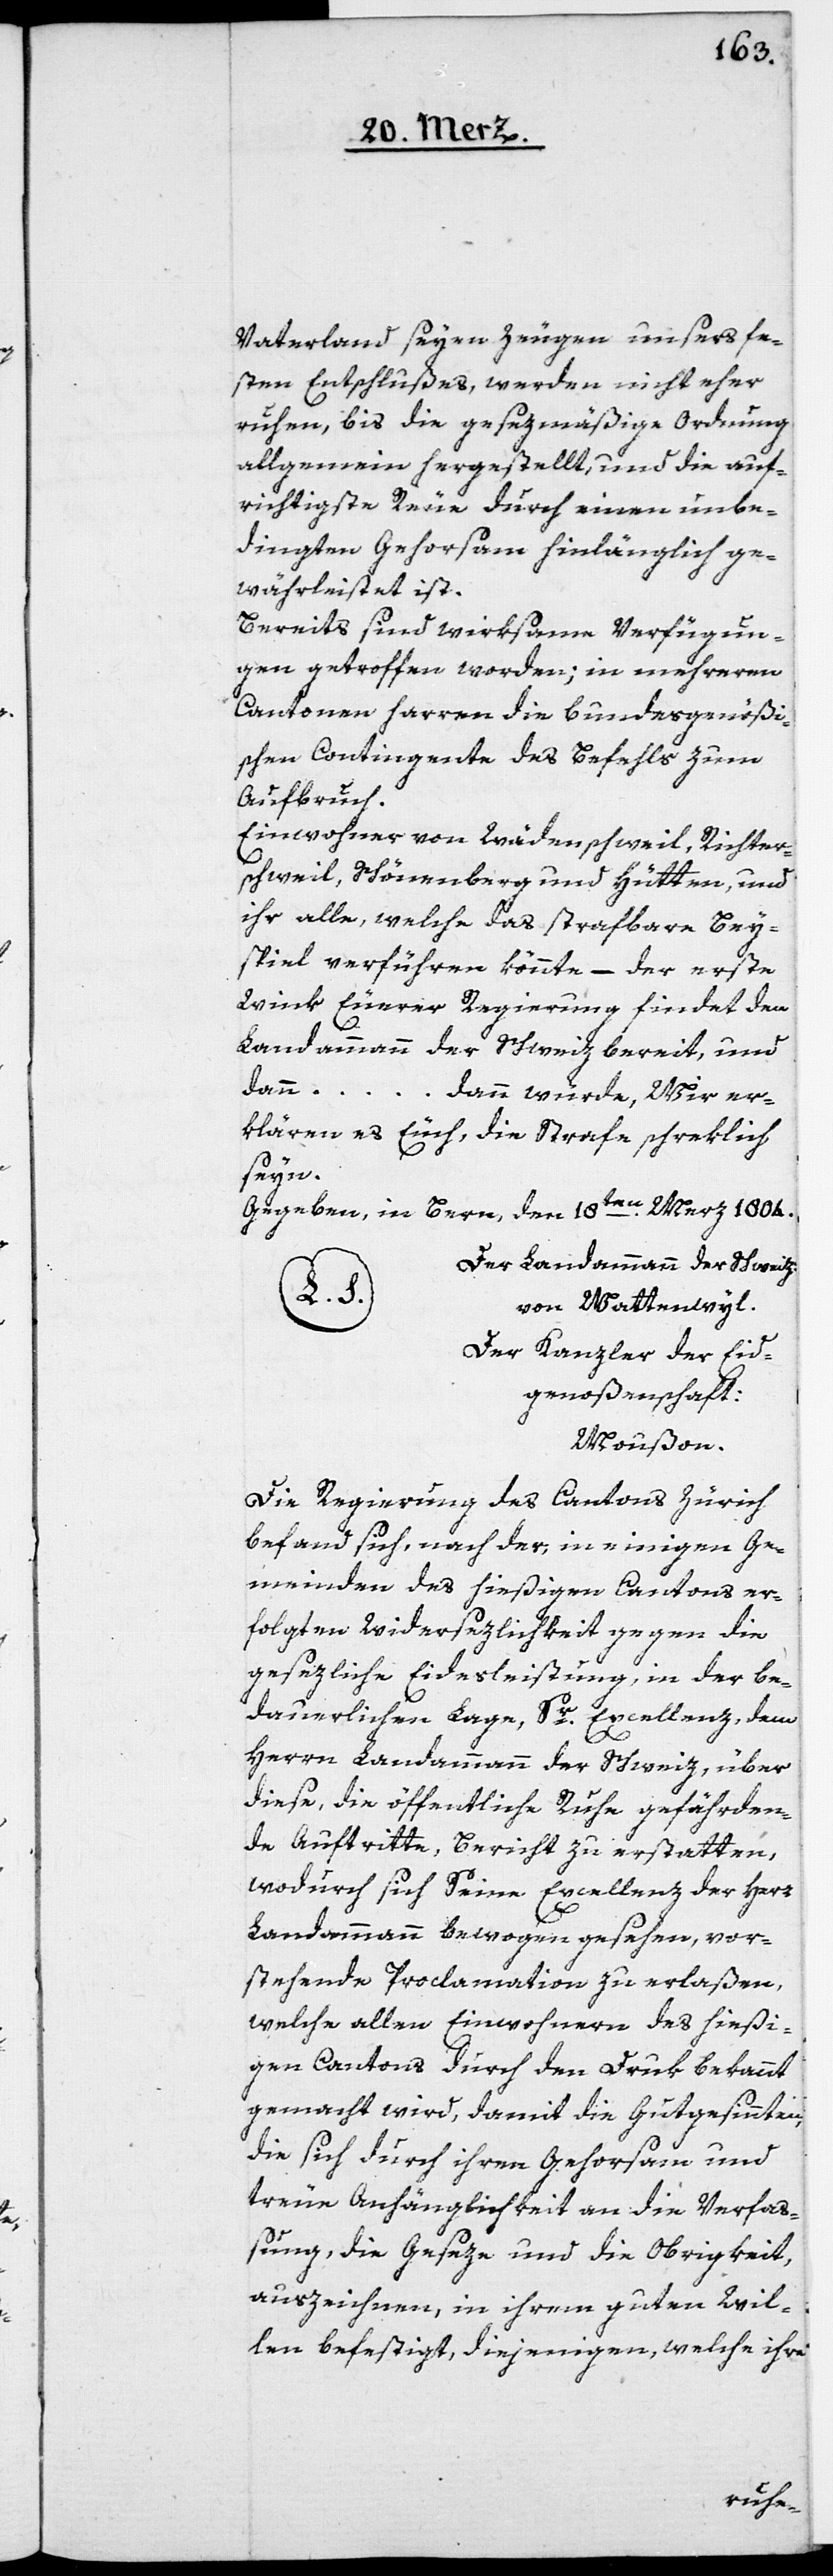
Vaterland seyen Zeugen unsers fe¬
sten Entschlußes, werden nicht eher
ruhen, bis die gesezmäßige Ordnung
allgemein hergestellt, und die auf¬
richtigste Reue durch einen unbe¬
dingten Gehorsam hinlänglich ge¬
währleistet ist.
Bereits sind wirksame Verfügun¬
gen getroffen worden; in mehreren
Cantonen harren die bundesgenößi¬
schen Contingente des Befehls zum
Aufbruch.
Einwohner von Wädenschweil, Richter¬
schweil, Schönenberg und Hütten, und
ihr alle, welche das strafbare Bey¬
spiel verführen könnte, – der erste
Wink Euerer Regierung findet den
Landammann der Schweiz bereit, und
dann ... dann würde, Wir er¬
klären es Euch, die Strafe schreklich
seyn.
Gegeben, in Bern, den 18ten Merz 1804.
Der Landammann der Schweiz:
L.S.
von Wattenwyl.
Der Kanzler der Eid¬
genoßenschaft:
Moußon.
Die Regierung des Cantons Zürich
befand sich, nach der, in einigen Ge¬
meinden des hießigen Cantons er¬
folgten Widersezlichkeit gegen die
gesezliche Eidesleistung, in der be¬
dauerlichen Lage, Sr. Excellenz, dem
Herrn Landammann der Schweiz, über
diese, die öffentliche Ruhe gefährden¬
de Auftritte, Bericht zu erstatten,
wodurch sich Seine Excellenz der Herr
Landammann bewogen gesehen, vor¬
stehende Proclamation zu erlaßen,
welche allen Einwohnern des hießi¬
gen Cantons durch den Druk bekannt
gemacht wird, damit die Gutgesinnten,
die sich durch ihren Gehorsam und
treue Anhänglichkeit an die Verfa¬
ßung, die Geseze und die Obrigkeit,
auszeichnen, in ihrem guten Wil¬
len befestigt, diejenigen, welche ihre